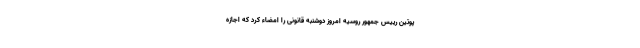
پوتین رییس جمهور روسیه امروز دوشنبه قانونی را امضاء کرد که اجازه